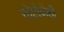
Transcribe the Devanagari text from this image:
सोहोळेही